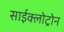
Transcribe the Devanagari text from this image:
साईक्लोट्रोन